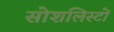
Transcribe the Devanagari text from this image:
सोशलिस्टों